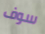
سوف